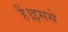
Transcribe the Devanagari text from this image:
हैं।इससे